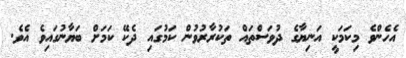
އެހެންވެ މިކަމަކީ އަނިޔާގެ ދުވަސްތައް ތަކުރާރުވުން ކަމުގައި ދެކޭ ކަމަށް ބަޔާނުގައިވެ އެވެ.